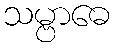
သမ္ဗာဓေ